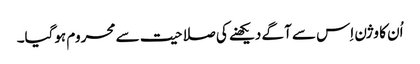
اُن کا وژن اِس سے آگے دیکھنے کی صلاحیت سے محروم ہوگیا۔